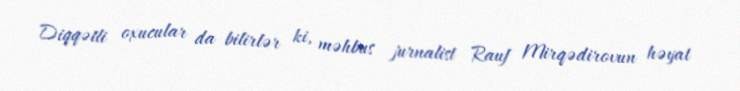
Diqqətli oxucular da bilirlər ki, məhbus jurnalist Rauf Mirqədirovun həyat